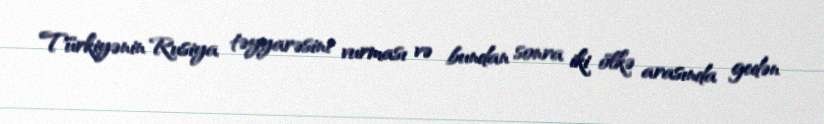
Türkiyənin Rusiya təyyarəsini vurması və bundan sonra iki ölkə arasında gedən